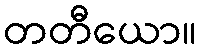
တတီယော။